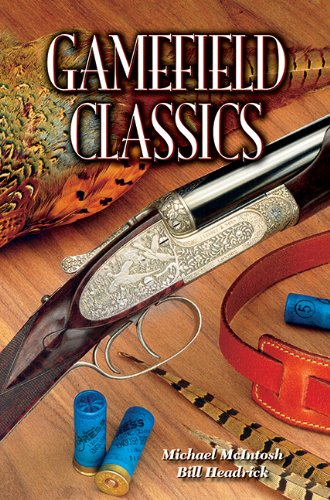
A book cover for Gamefield Classics; Bill Headrick; Crafts, Hobbies & Home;